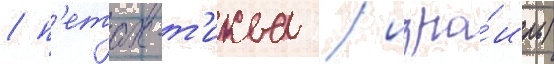
/ п'етах-т'иква / изра́иль)